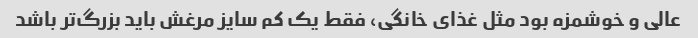
عالی و خوشمزه بود مثل غذای خانگی، فقط یک کم سایز مرغش باید بزرگ‌تر باشد